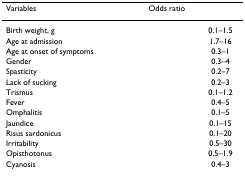
<table><thead><tr><td><b>Variables</b></td><td><b>Odds ratio</b></td><td>[EMPTY_CELL]</td></tr></thead><tbody><tr><td>Birth weight, g</td><td>[EMPTY_CELL]</td><td>0.1–1.5</td></tr><tr><td>Age at admission</td><td>[EMPTY_CELL]</td><td>1.7–16</td></tr><tr><td>Age at onset of symptoms</td><td>[EMPTY_CELL]</td><td>0.3–1</td></tr><tr><td>Gender</td><td>[EMPTY_CELL]</td><td>0.3–4</td></tr><tr><td>Spasticity</td><td>[EMPTY_CELL]</td><td>0.2–7</td></tr><tr><td>Lack of sucking</td><td>[EMPTY_CELL]</td><td>0.2–3</td></tr><tr><td>Trismus</td><td>[EMPTY_CELL]</td><td>0.1–1.2</td></tr><tr><td>Fever</td><td>[EMPTY_CELL]</td><td>0.4–5</td></tr><tr><td>Omphalitis</td><td>[EMPTY_CELL]</td><td>0.1–5</td></tr><tr><td>Jaundice</td><td>[EMPTY_CELL]</td><td>0.1–15</td></tr><tr><td>Risus sardonicus</td><td>[EMPTY_CELL]</td><td>0.1–20</td></tr><tr><td>Irritability</td><td>[EMPTY_CELL]</td><td>0.5–30</td></tr><tr><td>Opisthotonus</td><td>[EMPTY_CELL]</td><td>0.5–1.9</td></tr><tr><td>Cyanosis</td><td>[EMPTY_CELL]</td><td>0.4–3</td></tr></tbody></table>